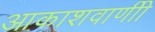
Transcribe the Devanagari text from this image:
आकाशवाणीी